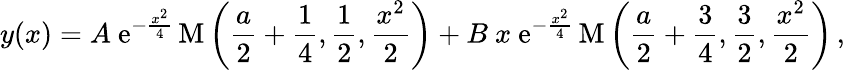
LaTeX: y(x)=A\ \mathrm{e}^{-\frac{x^{2}}{4}}\, \mathrm{M}\left(\frac{a}{2}+\frac{1}{4},\frac{1}{2},\frac{x^{2}}{2}\right)+B\ x\ \mathrm{e}^{-\frac{x^{2}}{4}}\, \mathrm{M}\left(\frac{a}{2}+\frac{3}{4},\frac{3}{2},\frac{x^{2}}{2}\right)\, ,